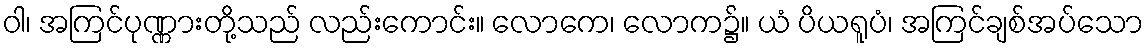
ဝါ၊ အကြင်ပုဏ္ဏားတို့သည် လည်းကောင်း။ လောကေ၊ လောက၌။ ယံ ပိယရူပံ၊ အကြင်ချစ်အပ်သော